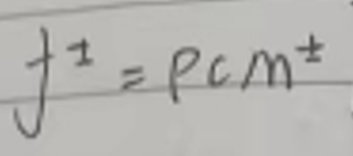
$J^{\pm}=pc m^{\pm}$